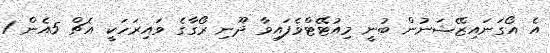
އެ އޯގަނައިޒޭޝަނުން ބުނީ މިއުޓޭޓްވެފައިވާ ދޫނި ރޯގާގެ ވައިރަހަކީ އެޗް 5އެން 1